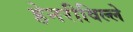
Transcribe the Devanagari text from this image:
हेनरीविल्ले